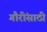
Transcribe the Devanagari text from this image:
गौरींसाठी